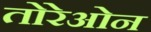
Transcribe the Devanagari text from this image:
तोरेओन